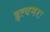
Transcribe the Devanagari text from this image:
इत्यमरः